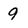
Character: 9